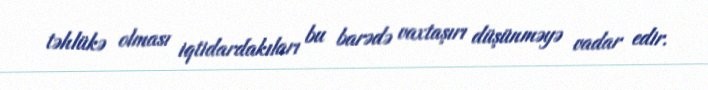
təhlükə olması iqtidardakıları bu barədə vaxtaşırı düşünməyə vadar edir.